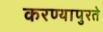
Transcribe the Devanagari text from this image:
करण्यापुरते